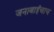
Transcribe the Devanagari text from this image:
जनाबाईंचाच